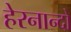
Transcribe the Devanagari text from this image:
हेरनान्दो